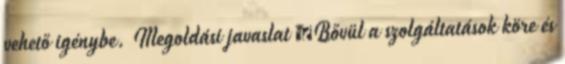
vehető igénybe. Megoldási javaslat ▪Bővül a szolgáltatások köre és